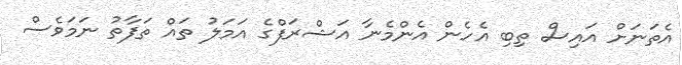
އެތަނަށް އައިސް ތިބި އެހެން އެންމެނާ އަޝްރަފްގެ އަމަލު ތައް ތަފާތު ނަމަވެސް